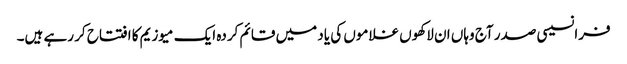
فرانسیسی صدر آج وہاں ان لاکھوں غلاموں کی یاد میں قائم کردہ ایک میوزیم کا افتتاح کر رہے ہیں۔